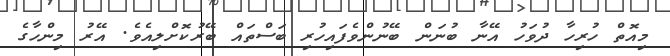
މިއޮތް ހުރިހާ ދުވަހު އޭނާ ބުނަން ބޭނުންވެފައިހުރި ބަސްތައް ބޭރުކޮށްލިއެވެ. އޭރު މިންހާގެ